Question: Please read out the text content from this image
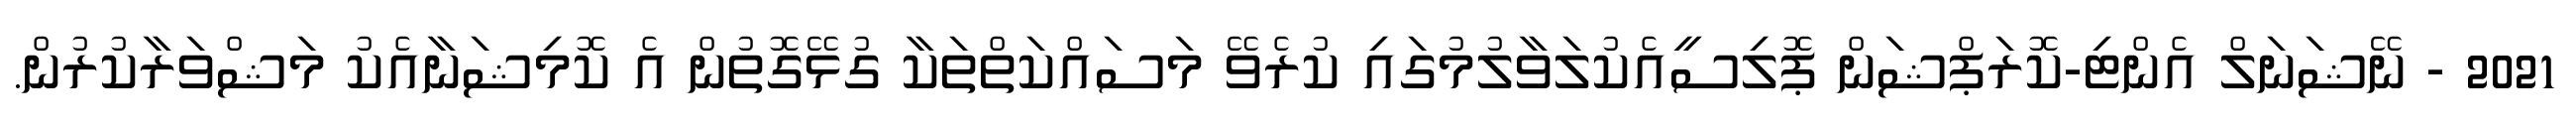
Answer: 2021 - ނޭޝަނަލް އެންޓި-ކޮރަޕްޝަން ޕޮލިސީއެކުލަވާލުމުގައި ކުރެވޭ މަސައްކަތްތަކާ ގުޅޭގޮތުން އެ ކޮމިޝަނާއެކު މަޝްވަރާކުރުން.